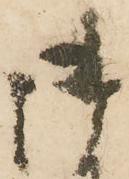
御